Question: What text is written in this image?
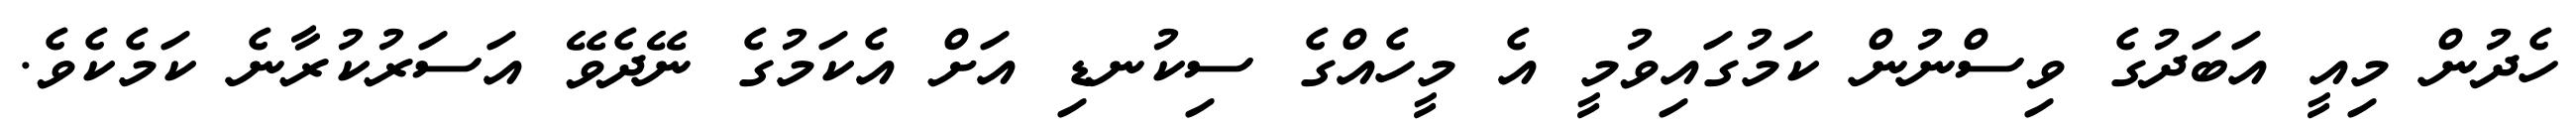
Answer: ހެދުން މިއީ އަބަދުގެ ވިސްނުން ކަމުގައިވުމީ އެ މީހެއްގެ ސިކުނޑި އަށް އެކަމުގެ ނޭދެވޭ އަސަރުކުރާނެ ކަމެކެވެ.